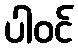
ပါဝင်